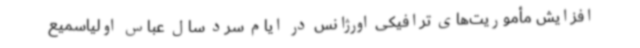
افزایش مأموریت‌های ترافیکی اورژانس در ایام سرد سال عباس اولیاسمیع